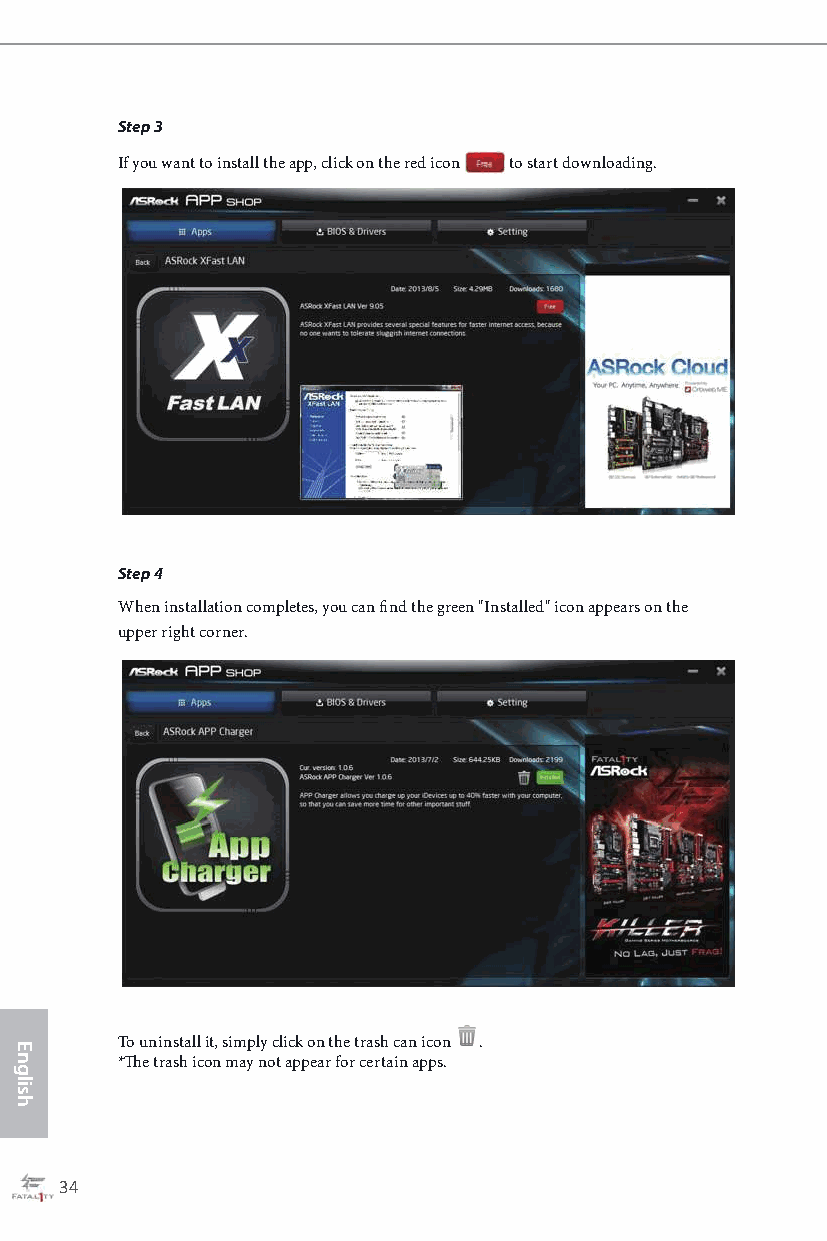
Step 3
 If you want to install the app, click on the red icon to start downloading.
 Step 4
 When installation completes, you can fi nd the green "Installed" icon appears on the
 upper right corner.
 To uninstall it, simply click on the trash can icon .
 *Th e trash icon may not appear for certain apps.
 34                                                                                                  35
 English